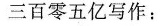
三百零五亿写作：